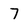
Character: 7